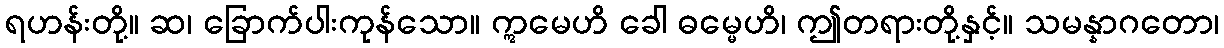
ရဟန်းတို့။ ဆ၊ ခြောက်ပါးကုန်သော။ ဣမေဟိ ခေါ ဓမ္မေဟိ၊ ဤတရားတို့နှင့်။ သမန္နာဂတော၊